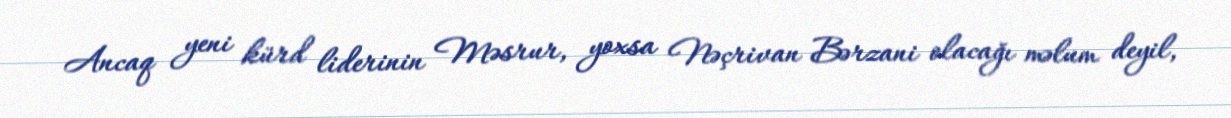
Ancaq yeni kürd liderinin Məsrur, yoxsa Nəçrivan Bərzani olacağı məlum deyil,